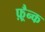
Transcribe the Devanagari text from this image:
फ़्रैन्क